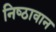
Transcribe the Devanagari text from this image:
निष्‍ठावान